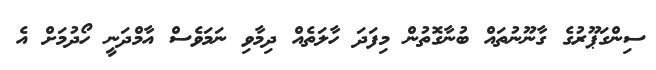
ސިންގަޕޫރުގެ ގާނޫނުތައް ބުނާގޮތުން މިފަދަ ހާލަތެއް ދިމާވި ނަމަވެސް އާމްދަނީ ހޯދުމަށް އެ